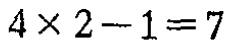
\(4\times 2 - 1 = 7\)